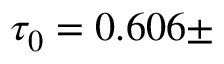
\tau _ { 0 } = 0 . 6 0 6 \pm